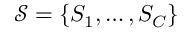
\mathcal { S } = \{ S _ { 1 } , \ldots , S _ { C } \}